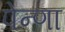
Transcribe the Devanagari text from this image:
पेन्णा